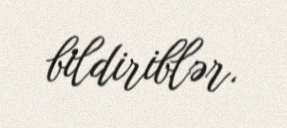
bildiriblər.